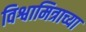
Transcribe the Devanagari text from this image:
विश्वामित्राच्या